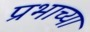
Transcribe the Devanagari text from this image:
प्रभाच्या